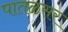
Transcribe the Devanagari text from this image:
पातळसर